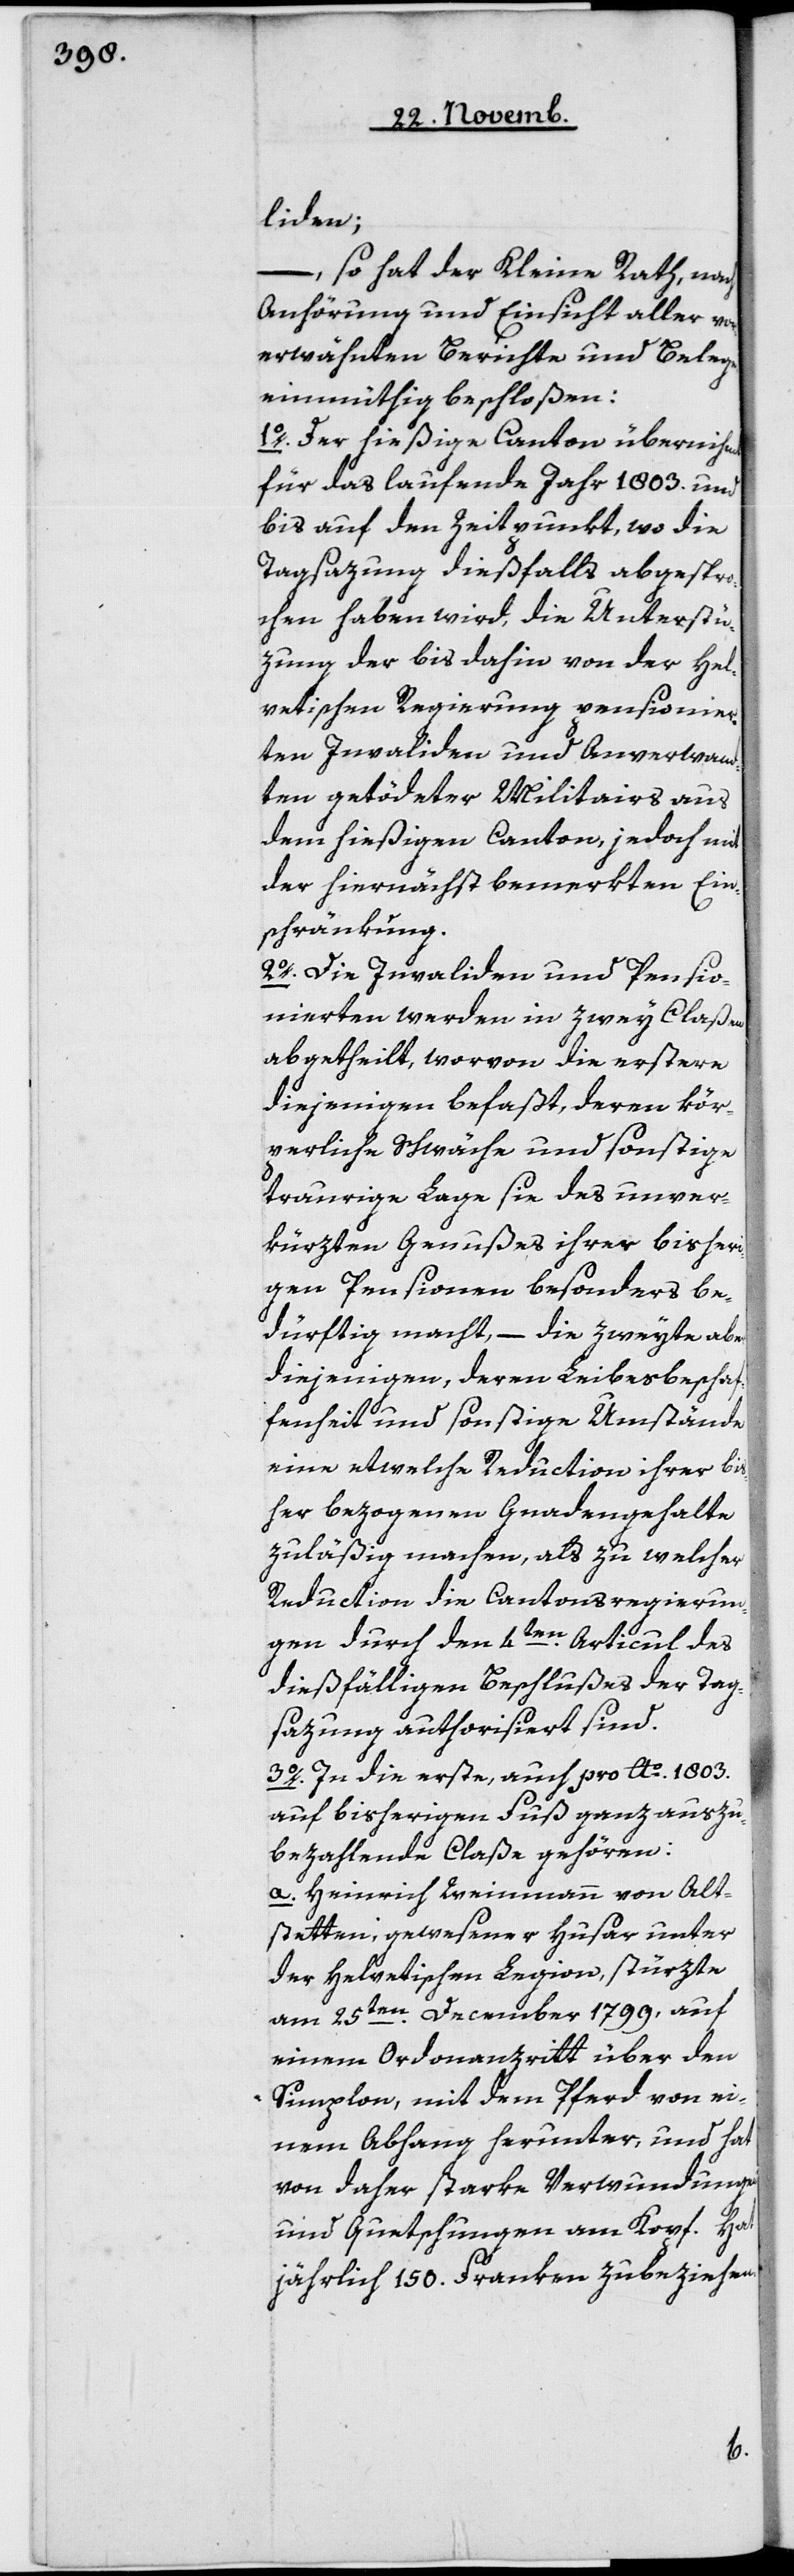
liden;
– so hat der Kleine Rath nach
Anhörung und Einsicht aller vor¬
erwähnten Berichte und Belege
einmüthig beschloßen:
1o Der hießige Canton übernihmt
für das laufende Jahr 1803 und
bis auf den Zeitpunkt, wo die
Tagsazung dießfalls abgespro¬
chen haben wird, die Unterstü¬
zung der bis dahin von der hel¬
vetischen Regierung pensionier¬
ten Invaliden und Anverwand¬
ten getödeter Militairs aus
dem hießigen Canton, jedoch mit
der hiernächst bemerkten Ein¬
schränkung.
2o Die Invaliden und Pensio¬
nierten werden in zwey Claßen
abgetheilt, worvon die erstere
diejenigen befaßt, deren kör¬
perliche Schwäche und sonstige
traurige Lage sie des unver¬
kürzten Genußes ihrer bisheri¬
gen Pensionen besonders be¬
dürftig macht, – die zweyte aber
diejenigen, deren Leibesbeschaf¬
fenheit und sonstige Umstände
eine etwelche Reduction ihrer bis¬
her bezogenen Gnadengehalte
zuläßig machen, als zu welcher
Reduction die Cantonsregierun¬
gen durch den 4ten Articul des
dießfälligen Beschlußes der Tag¬
sazung autorisiert sind.
3o In die erste, auch pro Ao 1803
auf bisherigen Fuß ganz auszu¬
bezahlende Claße gehören:
a. Heinrich Weinmann von Alt¬
stetten, gewesener Husar unter
der helvetischen Legion, stürzte
am 25ten December 1799, auf
einem Ordonanzritt über den
Simplon, mit dem Pferd von ei¬
nem Abhang herunter, und hat
von daher starke Verwundungen
und Quetschungen am Kopf. Hat
jährlich 150 Franken zu beziehen.